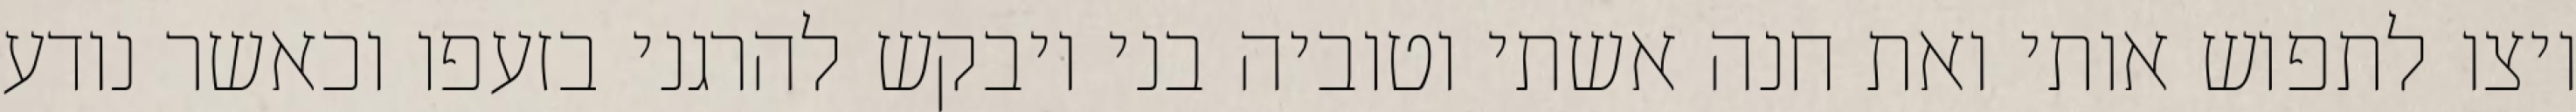
ויצו לתפוש אותי ואת חנה אשתי וטוביה בני ויבקש להרגני בזעפו וכאשר נודע